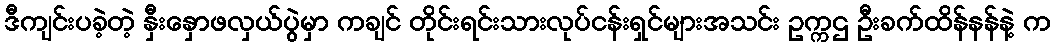
ဒီကျင်းပခဲ့တဲ့ နှီးနှောဖလှယ်ပွဲမှာ ကချင် တိုင်းရင်းသားလုပ်ငန်းရှင်များအသင်း ဥက္ကဌ ဦးခက်ထိန်နန်နဲ့ က